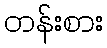
တန်းစား